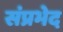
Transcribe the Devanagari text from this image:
संप्रभेद